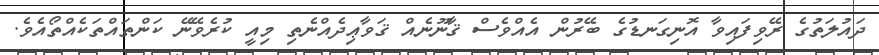
ދައުލަތުގެ ރޭވިފައިވާ އޮނިގަނޑުގެ ބޭރުން އެއްވެސް ޤާނޫނެއް ޤަވާޢިދެއްނެތި މިއީ ކުރެވޭނޭ ކަންތައްތަކެއްތޯއެވެ.